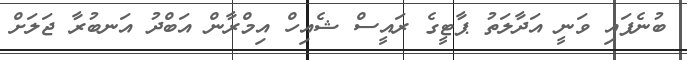
ބުނެފައި ވަނީ އަދާލަތު ޕާޓީގެ ރައީސް ޝެއިހް އިމްރާން އަބްދު އަނބުރާ ޖަލަށް